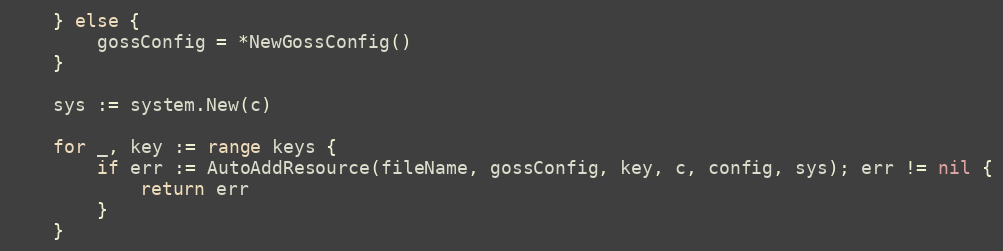
Language: Go
	} else {
		gossConfig = *NewGossConfig()
	}

	sys := system.New(c)

	for _, key := range keys {
		if err := AutoAddResource(fileName, gossConfig, key, c, config, sys); err != nil {
			return err
		}
	}